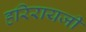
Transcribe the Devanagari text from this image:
हरिरायजी